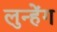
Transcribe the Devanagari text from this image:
लुन्हेंग